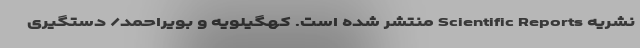
نشریه Scientific Reports منتشر شده است. کهگیلویه و بویراحمد/ دستگیری